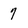
Character: 7